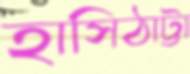
হাসিঠাট্টা